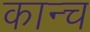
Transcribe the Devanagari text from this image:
कान्च